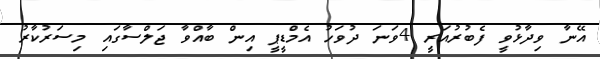
އޭނާ ވިދާޅުވީ ފެބުރުއަރީ 4ވަނަ ދުވަހު އެމްޑީޕީ އިން ބާއްވާ ޖަލްސާގައި މިސަރުކާރު